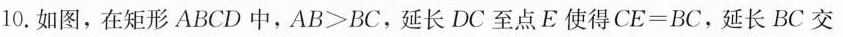
10.如图，在矩形ABCD中，